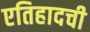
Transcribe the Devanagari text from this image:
एतिहादची